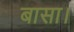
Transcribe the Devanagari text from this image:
बासा।